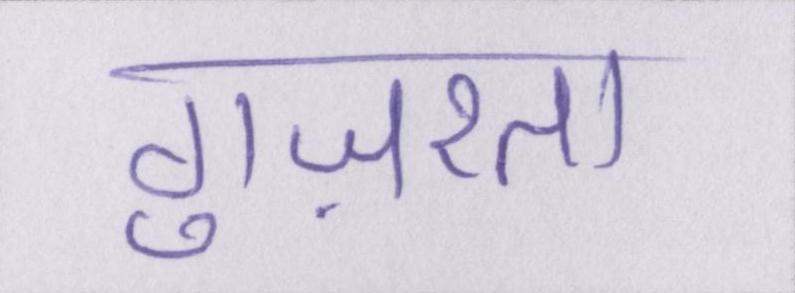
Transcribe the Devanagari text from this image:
गुज़रता